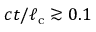
c t / \ell _ { \mathrm { c } } \gtrsim 0 . 1